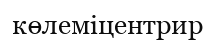
көлеміцентрир